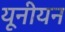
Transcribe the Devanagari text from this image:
यूनीयन